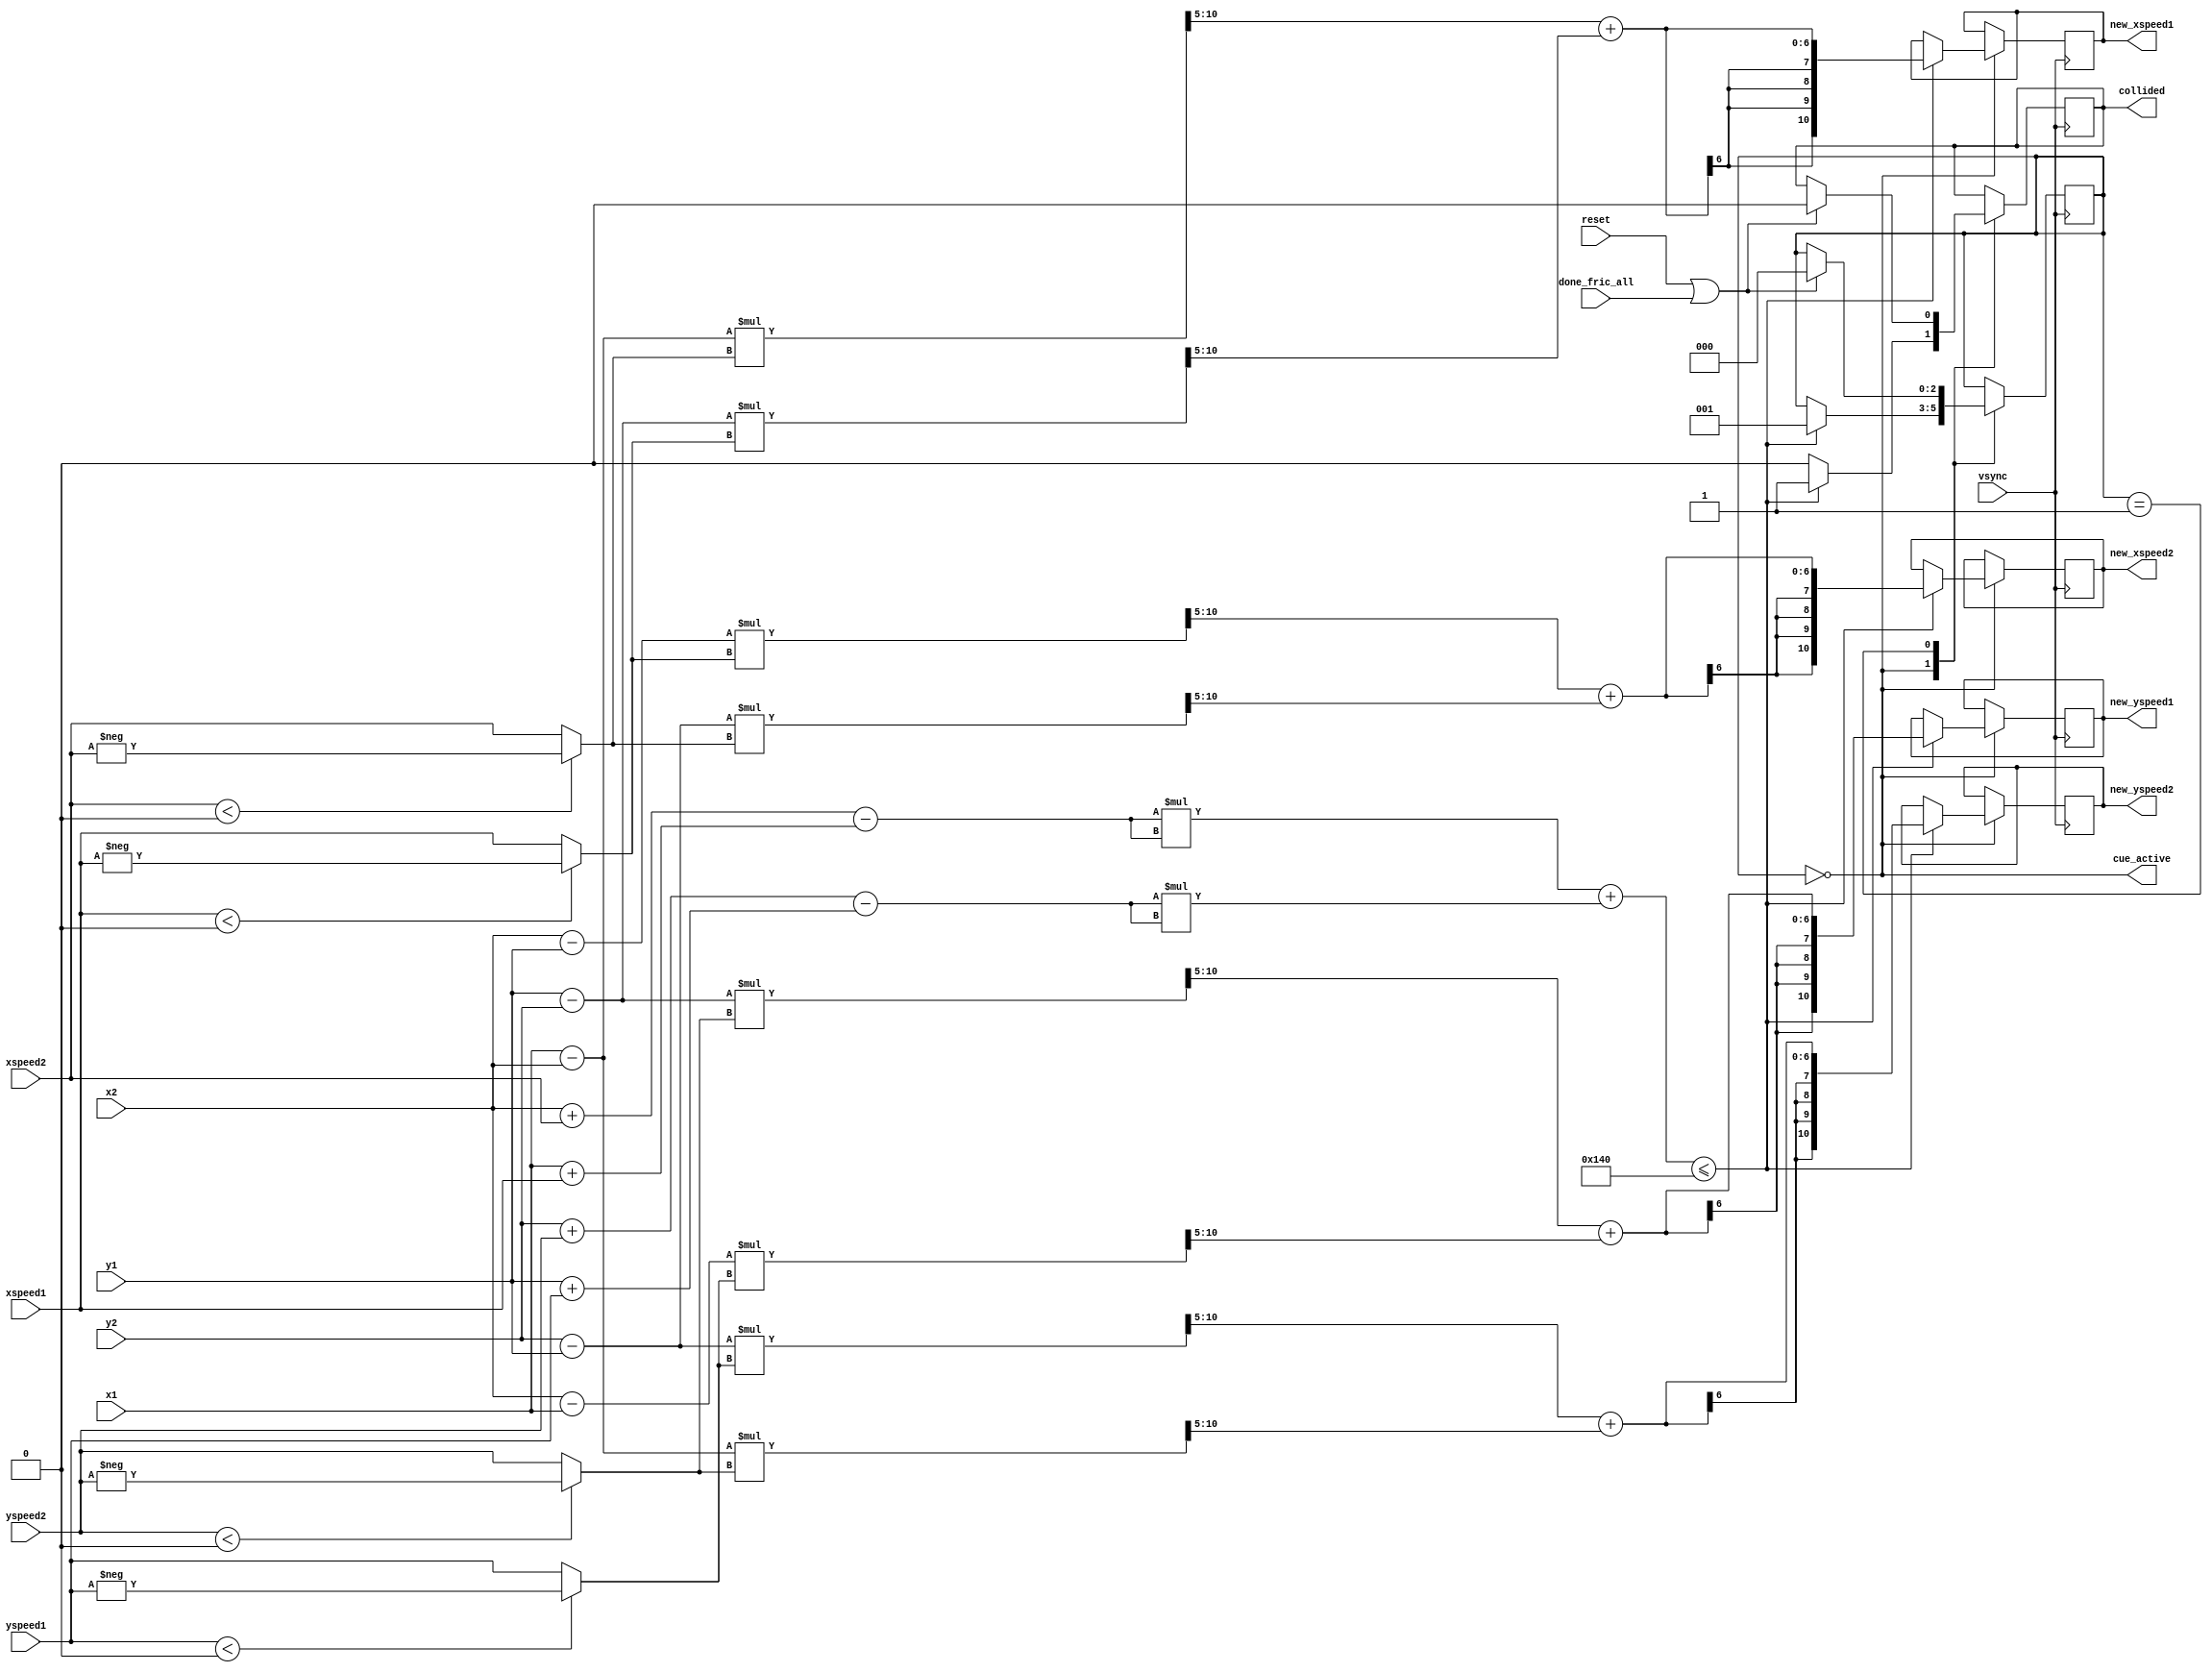
`timescale 1ns / 1ps
//////////////////////////////////////////////////////////////////////////////////
// Company: 
// Engineer: 
// 
// Design Name: 
// Module Name:    cue_collision_checker 
// Project Name: 
// Target Devices: 
// Tool versions: 
// Description: 
//
// Dependencies: 
//
// Revision: 
// Revision 0.01 - File Created
// Additional Comments: 
//
//////////////////////////////////////////////////////////////////////////////////
`timescale 1ns / 1ps
//////////////////////////////////////////////////////////////////////////////////
// Company: 
// Engineer: 
// 
// Design Name: 
// Module Name:    puck_collision_checker 
// Project Name: 
// Target Devices: 
// Tool versions: 
// Description: 
//
// Dependencies: 
//
// Revision: 
// Revision 0.01 - File Created
// Additional Comments: 
//
//////////////////////////////////////////////////////////////////////////////////
module cue_collision_checker 
	#(parameter DISTANCE_SQUARED = 13'd320, CUE_BALL = 1'b0) //1088
	(input vsync, reset,done_fric_all,
	input signed [10:0] x1, x2, xspeed1, xspeed2, 
	input signed [10:0] y1, y2, yspeed1, yspeed2,
	output collided, cue_active,
	output signed [10:0] new_xspeed1, new_xspeed2,
	output signed [10:0] new_yspeed1, new_yspeed2);
	
	wire signed [10:0] x_dist, y_dist;
	assign x_dist = (x2 + xspeed2) - (x1 + xspeed1);
	assign y_dist = (y2 + yspeed2) - (y1 + yspeed1);
	reg collision_occur = 0;
	
	reg [2:0] collide_counter = 3'b0;
	parameter MAX_BALL_COLLIDE_COUNTER = 5;
	
	//For calculating impact vectors
//	reg signed [10:0] unitNormX1, unitNormX2, unitTangX1, unitTangX2, normX1, normX2, tangX1, tangX2;
//	reg signed [10:0] unitNormY1, unitNormY2, unitTangY1, unitTangY2, normY1, normY2, tangY1, tangY2;

	reg signed [10:0] newxspeed1, newxspeed2;
	reg signed [10:0] newyspeed1, newyspeed2;

	wire signed [10:0] abs_xspeed1 = (xspeed1 < 0) ? -xspeed1 : xspeed1;
	wire signed [10:0] abs_xspeed2 = (xspeed2 < 0) ? -xspeed2 : xspeed2;
	wire signed [10:0] abs_yspeed1 = (yspeed1 < 0) ? -yspeed1 : yspeed1;
	wire signed [10:0] abs_yspeed2 = (yspeed2 < 0) ? -yspeed2 : yspeed2;
//	wire signed [10:0] abs_xspeed_cue = (xspeed_cue < 0) ? -xspeed_cue : xspeed_cue;
//	wire signed [10:0] abs_yspeed_cue = (yspeed_cue < 0) ? -yspeed_cue : yspeed_cue;

	parameter NO_HIT = 0;
	parameter HIT = 1;
	parameter RAD_SHIFT = 5;//5
	reg [2:0] state = NO_HIT;
	
	always @(posedge vsync) begin
		case (state)
			NO_HIT: begin
				if ((x_dist*x_dist) + (y_dist*y_dist) <= DISTANCE_SQUARED) begin
					collision_occur <= 1'b1;
					newxspeed1 <= (((x1 - x2) * abs_xspeed2) >>> RAD_SHIFT) + (((y1 - y2) * abs_xspeed1) >>> RAD_SHIFT);
					newyspeed1 <= (((y1 - y2) * abs_yspeed2) >>> RAD_SHIFT) + (((x2 - x1) * abs_yspeed1) >>> RAD_SHIFT);
					newxspeed2 <= (((x2 - y1) * abs_xspeed1) >>> RAD_SHIFT) + (((y2 - y1) * abs_xspeed2) >>> RAD_SHIFT);
					newyspeed2 <= (((y2 - y1) * abs_yspeed1) >>> RAD_SHIFT) + (((x1 - x2) * abs_yspeed2) >>> RAD_SHIFT);
					collide_counter <= collide_counter + 1;
					state <= HIT;
				end
				else begin
					collision_occur <= 1'b0;
				end
			end
			
			HIT: begin
				if (reset || done_fric_all) begin
					state <= NO_HIT;
					collision_occur <= 1'b0;
				end
			end
		endcase
	end
	
	assign collided = collision_occur;
	assign cue_active = (state == NO_HIT);
	assign new_xspeed1 = newxspeed1;
	assign new_yspeed1 = newyspeed1;
	assign new_xspeed2 = newxspeed2;
	assign new_yspeed2 = newyspeed2;
endmodule